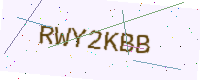
Text: RWY2KBB